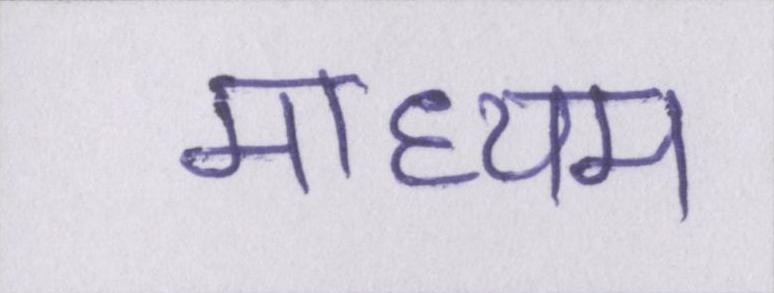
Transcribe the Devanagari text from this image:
माध्यम